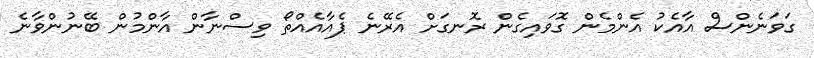
ގަވަނެންސް އާއެކު އެންމެން ގޮވައިގެން ރޮނގަށް އެރޭނެ ޕެއާއެއްތޯ ވިސްނާން އާންމުން ބޭނުންވާނެ